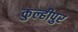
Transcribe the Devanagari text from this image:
कुल्हीपुर